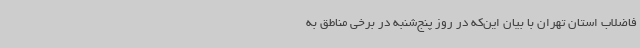
فاضلاب استان تهران با بیان این‌که در روز پنج‌شنبه در برخی مناطق به